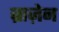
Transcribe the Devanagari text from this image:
ब्राज़ेन